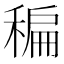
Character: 稨